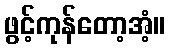
ဖွင့်ကုန်တော့အံ့။